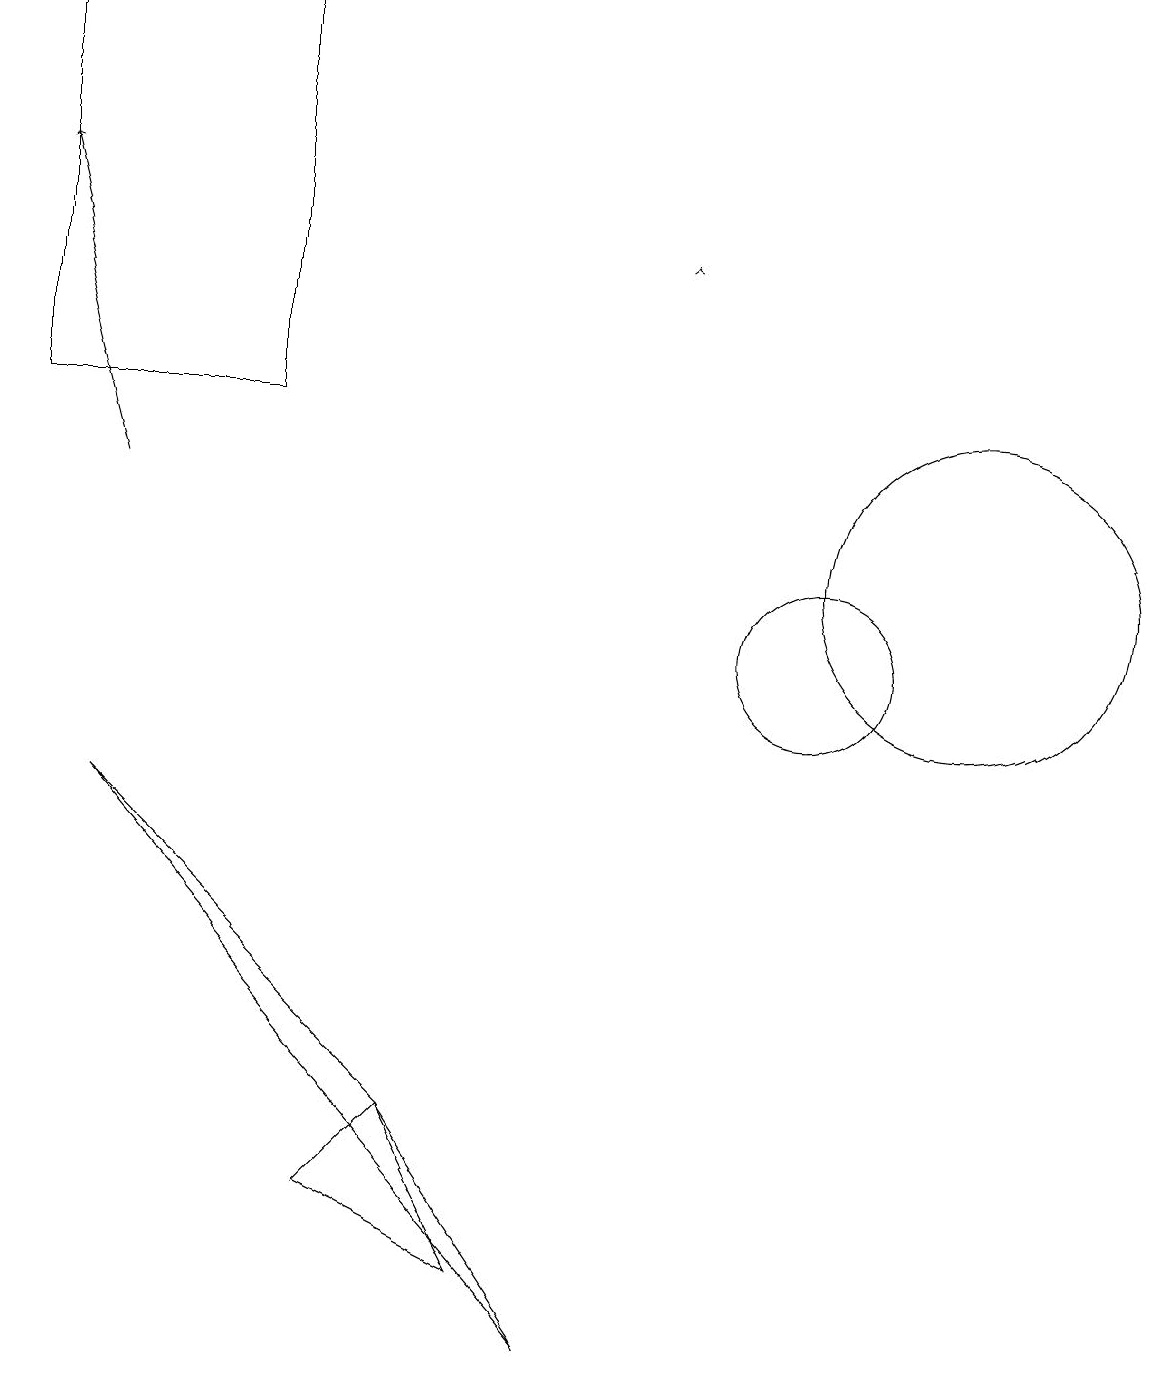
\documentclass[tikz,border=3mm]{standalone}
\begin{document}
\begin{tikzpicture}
\draw (12,12) circle (2);
\draw[->] (1,13) -- (0,17);
\draw[->] (8,16) -- (8,16);
\draw (10,11) circle (1);
\draw (1,9) -- (7,2) -- (5,5) -- cycle;
\draw (3,19) rectangle (0,14);
\draw (6,3) -- (4,4) -- (5,5) -- cycle;
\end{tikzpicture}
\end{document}